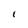
Character: 1